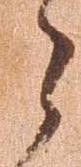
々